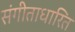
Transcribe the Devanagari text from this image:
संगीताधारित